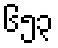
၆၅၃